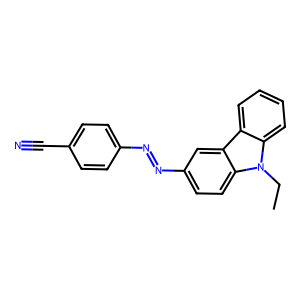
SMILES: CCn1c2ccccc2c2cc(N=Nc3ccc(C#N)cc3)ccc21
Inhibits HIV replication: No